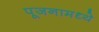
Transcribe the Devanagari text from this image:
पूजनामध्ये